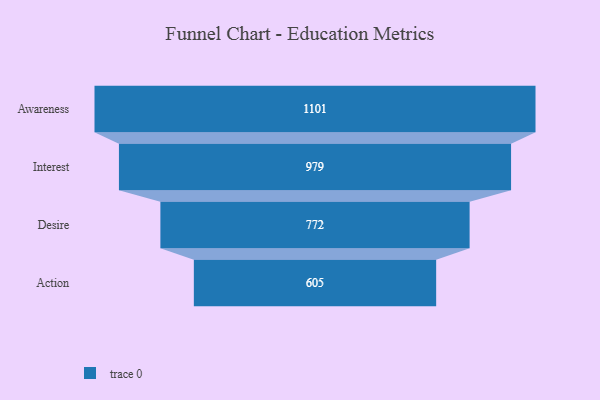
{"axis": {"x": "Stage", "y": "Value"}, "legend": [""], "data": [{"x": "Awareness", "y": 1101.0, "type": ""}, {"x": "Interest", "y": 979.0, "type": ""}, {"x": "Desire", "y": 772.0, "type": ""}, {"x": "Action", "y": 605.0, "type": ""}]}